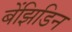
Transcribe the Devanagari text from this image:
बेंझिडिन